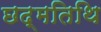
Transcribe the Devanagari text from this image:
छद्मतिथि